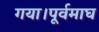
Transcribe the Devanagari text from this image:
गया।पूर्वमाघ